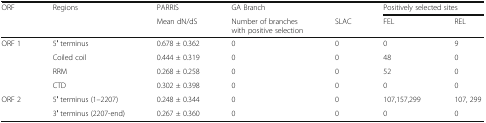
<table><thead><tr><td rowspan="2"><b>ORF</b></td><td rowspan="2"><b>Regions</b></td><td><b>PARRIS</b></td><td><b>GA Branch</b></td><td></td><td colspan="2"><b>Positively selected sites</b></td></tr><tr><td><b>Mean dN/dS</b></td><td><b>Number of branches with positive selection</b></td><td><b>SLAC</b></td><td><b>FEL</b></td><td><b>REL</b></td></tr></thead><tbody><tr><td rowspan="4">ORF 1</td><td>5′ terminus</td><td>0.678 ± 0.362</td><td>0</td><td>0</td><td>0</td><td>9</td></tr><tr><td>Coiled coil</td><td>0.444 ± 0.319</td><td>0</td><td>0</td><td>48</td><td>0</td></tr><tr><td>RRM</td><td>0.268 ± 0.258</td><td>0</td><td>0</td><td>52</td><td>0</td></tr><tr><td>CTD</td><td>0.302 ± 0.398</td><td>0</td><td>0</td><td>0</td><td>0</td></tr><tr><td rowspan="2">ORF 2</td><td>5′ terminus (1–2207)</td><td>0.248 ± 0.344</td><td>0</td><td>0</td><td>107,157,299</td><td>107, 299</td></tr><tr><td>3′ terminus (2207-end)</td><td>0.267 ± 0.360</td><td>0</td><td>0</td><td>0</td><td>0</td></tr></tbody></table>